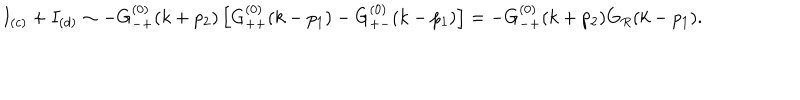
LaTeX: I _ { ( c ) } + I _ { ( d ) } \sim - G _ { - + } ^ { ( 0 ) } ( k + p _ { 2 } ) \left[ G _ { + + } ^ { ( 0 ) } ( k - p _ { 1 } ) - G _ { + - } ^ { ( 0 ) } ( k - p _ { 1 } ) \right] = - G _ { - + } ^ { ( 0 ) } ( k + p _ { 2 } ) G _ { R } ( k - p _ { 1 } ) .